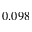
0 . 0 9 8